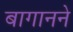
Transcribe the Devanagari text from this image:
बागानने